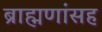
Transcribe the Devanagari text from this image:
ब्राह्मणांसह